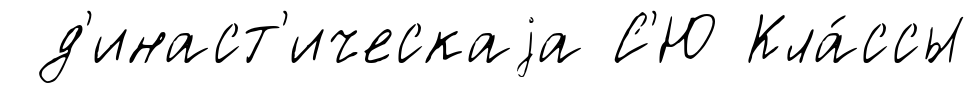
д'инаст'ическаjа С'Ю Кла́ссы